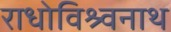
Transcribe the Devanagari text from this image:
राधोविश्र्वनाथ